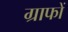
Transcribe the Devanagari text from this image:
ग्राफों